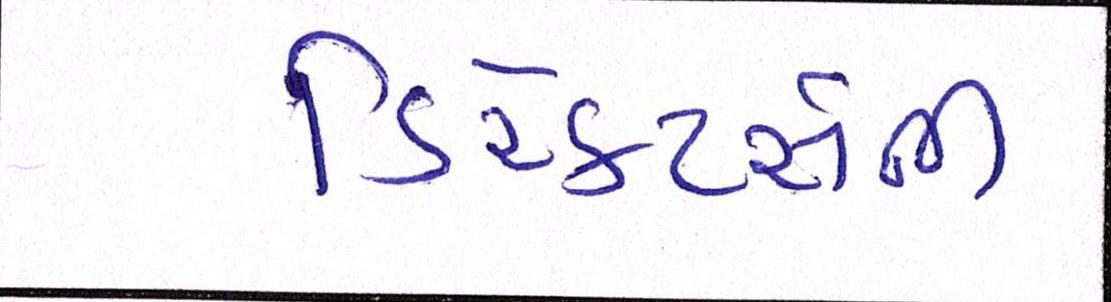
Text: ડિરેક્ટર્સની